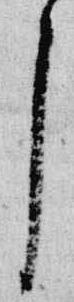
了